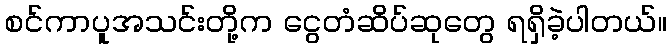
စင်ကာပူအသင်းတို့က ငွေတံဆိပ်ဆုတွေ ရရှိခဲ့ပါတယ်။